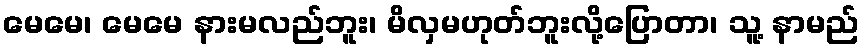
မေမေ၊ မေမေ နားမလည်ဘူး၊ မိလှမဟုတ်ဘူးလို့ပြောတာ၊ သူ့ နာမည်